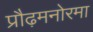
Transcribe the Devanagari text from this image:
प्रौढ़मनोरमा